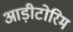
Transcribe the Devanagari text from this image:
आड़ीटोरिम